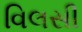
વિલસી